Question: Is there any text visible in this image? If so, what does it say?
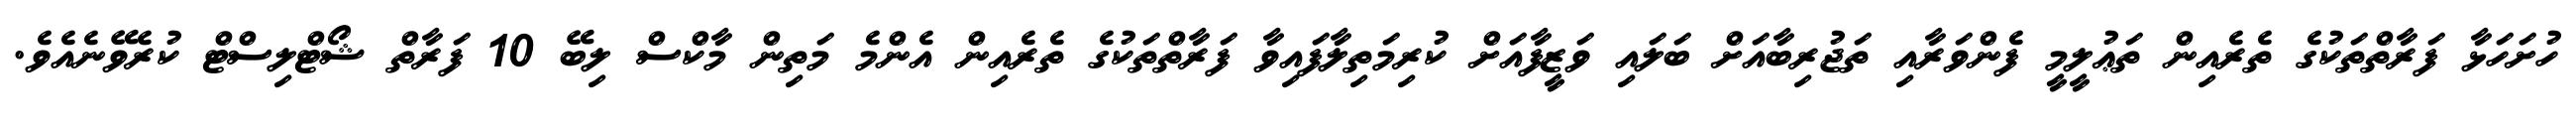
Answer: ހުށަހަޅާ ފަރާތްތަކުގެ ތެރެއިން ތަޢުލީމީ ފެންވަރާއި ތަޖުރިބާއަށް ބަލައި ވަޒީފާއަށް ކުރިމަތިލާފައިވާ ފަރާތްތަކުގެ ތެރެއިން އެންމެ މަތިން މާކްސް ލިބޭ 10 ފަރާތް ޝޯޓްލިސްޓް ކުރެވޭނެއެވެ.